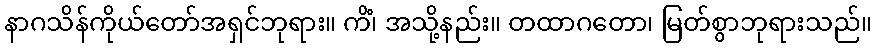
နာဂသိန်ကိုယ်တော်အရှင်ဘုရား။ ကိံ၊ အသို့နည်း။ တထာဂတော၊ မြတ်စွာဘုရားသည်။